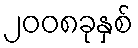
၂၀၀၈ခုနှစ်